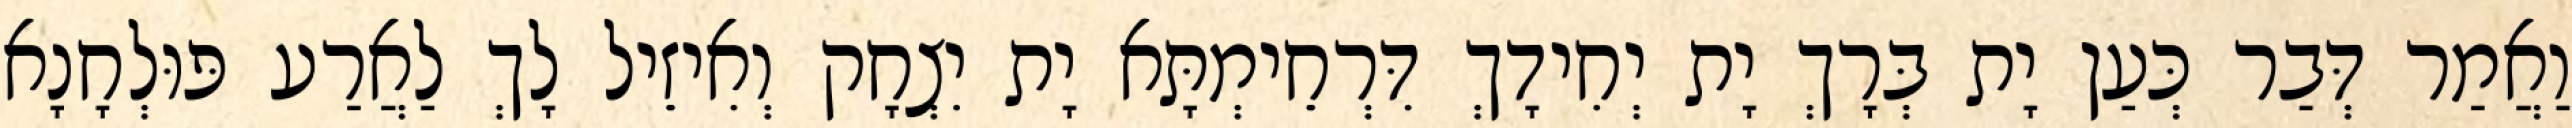
וַאֲמַר דְּבַר כְּעַן יָת בְּרָךְ יָת יְחִידָךְ דִּרְחֵימְתָּא יָת יִצְחָק וְאִיזֵיל לָךְ לַאֲרַע פּוּלְחָנָא